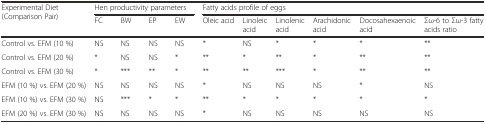
| <ROWSPAN=2> Experimental Diet (Comparison Pair) | <COLSPAN=4> Hen productivity parameters | <COLSPAN=6> Fatty acids profile of eggs |
 | FC | BW | EP | EW | Oleic acid | Linoleic acid | Linolenic acid | Arachidonic acid | Docosahexaenoic acid | Σω-6 to Σω-3 fatty acids ratio |
 | --- | --- | --- | --- | --- | --- | --- | --- | --- | --- | --- |
 | Control vs. EFM (10 %) | NS | NS | NS | NS | * | NS | * | * | * | ** |
 | Control vs. EFM (20 %) | * | NS | NS | * | ** | * | ** | * | ** | ** |
 | Control vs. EFM (30 %) | * | *** | ** | * | ** | ** | *** | * | ** | ** |
 | EFM (10 %) vs. EFM (20 %) | NS | NS | NS | NS | * | NS | NS | NS | * | NS |
 | EFM (10 %) vs. EFM (30 %) | NS | *** | * | * | ** | * | * | * | * | * |
 | EFM (20 %) vs. EFM (30 %) | NS | NS | NS | NS | * | NS | NS | NS | NS | NS |